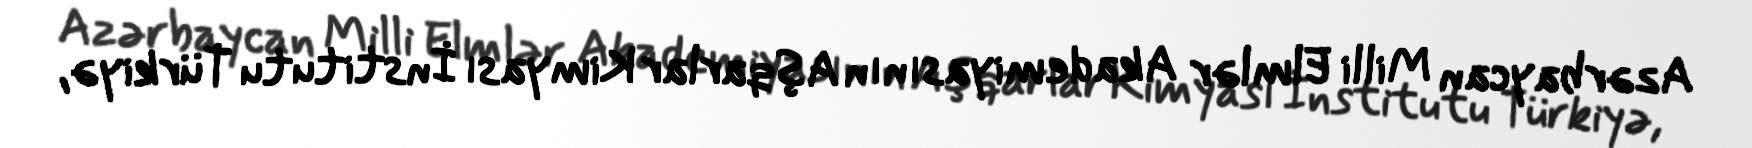
Azərbaycan Milli Elmlər Akademiyasının Aşqarlar Kimyası İnstitutu Türkiyə,